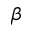
\beta